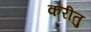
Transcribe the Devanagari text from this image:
करीतु